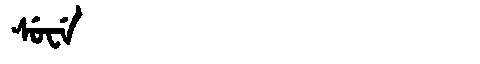
Manchu: ᠰᡠᠸᡝ
Romanization: SUWE